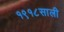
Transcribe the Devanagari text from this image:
१९१८साली